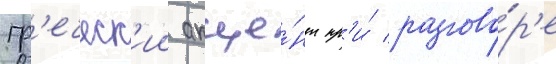
гр'еческ'ии акце́нт пр'и́ разгово́р'е